[Report on the health of British troops in the Madras command]
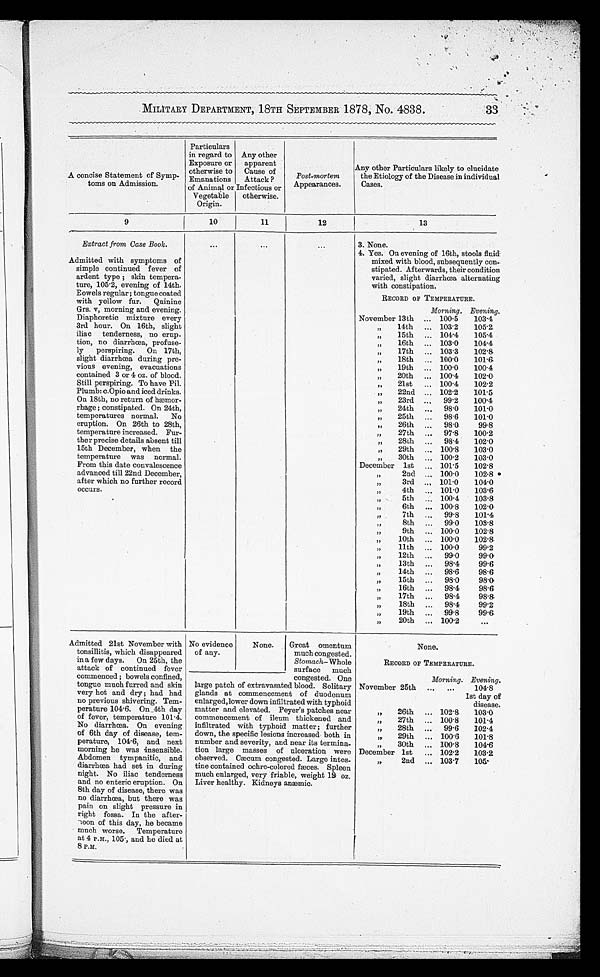
MILITARY DEPARTMENT, 18TH SEPTEMBER 1878, No. 4838. 33
A concise Statement of Symp
-toms on Admission.
Particulars
in regard to
Exposure or
otherwise to
Emanations
of Animal or
Vegetable
Origin.
Any other
apparent
Cause
Attack?
of
Infectious or
otherwise.
post-mortem
Appearances.
Any other Particulars likely to elucidate
the Etiology of the Disease in individual
Cases.
9
10
11
12
13
Extract from Case Book.
3. None.
A d m i t t e d w i t h s y m p t o m s o f s i m p l e c o n t i n u e d f e v e r o f a r d e n t t y p e ; s k i n t e m p e r a - t u r e , 1 0 5 · 2 , e v e n i n g o f 1 4 t h . E o w e l s r e g u l a r ; t o n g u e c o a t e d w i t h y e l l o w f u r . Q u i n i n e G r s . v , m o r n i n g a n d e v e n i n g . D i a p h o r e t i c m i x t u r e e v e r y 3 r d h o u r . O n 1 6 t h , s l i g h t i l i a c t e n d e r n e s s , n o e r u - p t i o n n o d i a r r h œ a , p r o f u s e - l y p e r s p i r i n g O n 1 7 t h , s l i g h t d i a r r h œ a d u r i n g p r e - v i o u s e v e n i n g , e v a c u a t i o n s c o n t a i n e d 3 o r 4 o z . o f b l o o d . S t i l l p e r s p i r i n g . T o h a v e P i l . P l u m b : c . O p i o a n d i c e d d r i n k s . O n 1 8 t h , n o r e t u r n o f h æ m o r - r h a g e c o n s t i p a t e d . O n 2 4 t h , t e m p e r a t u r e s n o r m a l . N o e r u p t i o n . O n 2 6 t h t o 2 8 t h , t e m p e r a t u r e i n c r e a s e d . F u r - t h e r p r e c i s e d e t a i l s a b s e n t t i l l 1 5 t h D e c e m b e r , w h e n t h e t e m p e r a t u r e w a s n o r m a l . F r o m t h i s d a t e c o n v a l e s c e n c e a d v a n c e d t i l l 2 2 n d D e c e m b e r , a f t e r w h i c h n o f u r t h e r r e c o r d o c c u r s .
4 . Y e s O n e v e n i n g o f 1 6 t h , s t o o l s f l u i d m i x e d w i t h b l o o d , s u b s e q u e n t l y c o n - s t i p a t e d . A f t e r w a r d s , t h e i r c o n d i t i o n v a r i e d , s l i g h t d i a r r h œ a a l t e r n a t i n g w i t h c o n s t i p a t i o n .
RECORD OF TEMPERATURE.
Morning. Evening.
November 13th
100·5
103·4
„ 14th
103·2
105·2
„ 15th
104·4
105·4
„ 16th
103·0
104·4
„ 17th 103·3
102·8
„ 18th
100·0
101·6
„ 19th
100·0
100·4
„ 20th
100·4
102·0
„ 21st
100·4
102·2
„ 22nd
102·2
101·5
„ 23rd
99·2
100·4
„ 24th
98·0
101·0
„ 25th
98·6
101·0
„ 26th
98·0
99·8
„ 27th
97·8
100·2
„ 28th
98·4
102·0
„ 29th
100·8
103·0
„ 30th
100·2
103·0
December 1st
101·5
102·8
„ 2nd
100·0
102·8
„ 3rd
101·0
104·0
„ 4th
101·0
103·6
„ 5th
100·4
103·8
„ 6th
100·8
102·0
„ 7th
99·8
101·4
„ 8th
99·0
103·8
„ 9th 100·0
102·8
„ 10th
100·0
102·8
„ 11th
100·0
99·2
„ 12th
99·0
99·0
„ 13th
98·4
99·6
„ 14th
98·6
98·6
„ 15th 98·0
98·0
„ 16th
98·4
98·6
„ 17th
98·4
98·8
„ 18th
98·4
99·2
„ 19th
99·8
99·6
„ 20th
100·2
Admitted 21st November with
tonsillitis, which disappeared
in a few days. On 25th, the
attack of continued fever
commenced; bowels confined,
tongue much furred and skin
very hot and dry; had had
no previous shivering. Tem
-perature 104·6. On 4th day
of fever, temperature 101·4.
No diarrhœa. On evening
of 6th day of disease, tem
-perature, 104.6, and next
morning he was insensible.
Abdomen tympanitic, and
diarrhœa had set in during
night. No iliac tenderness
and no enteric eruption. On
8th day of disease, there was
no diarrhœa, but there was
pain on slight pressure in
right fossa. In the after
-noon of this day, he became
much worse. Temperature
at 4 P.M., 105·, and he died at
8 P.M.
No evidence
of any.
None.
Great omentum
much congested.
Stomach—Whole
surface much
congested. One
None.
RECORD OF TEMPERATURE.
Morning. Evening .
large patch of extravasated blood. Solitary
glands at commencement of duodenum
enlarged,lower down infiltrated with typhoid
matter and elevated. Peyer's patches nea
r commencement of ileum thickened an
d infiltrated with typhoid matter; further
down, the specific lesions increased both in
number and severity, and near its termina
-tion large masses of ulceration were
observed.Cæcum congested. Large intes
- t i n e c o n t a i n e d o c h r e - c o l o r e d f æ c e s S p l e e n m u c h e n l a r g e d v e r y f r i a b l e w e i g h t 1 9 o z . L i v e r h e a l t h y . K i d n e y a n æ m i c .
November 25th
104·8
1st day of
disease.
„ 26th 102·8
103·0
„ 27th
100·8
101·4
„ 28th
99·6
102·4
„ 29th 100·6
101·8
„ 30th
100·8
104·6
December 1st
102·2
103·2
„ 2nd
103·7
105·